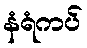
နံရံကပ်